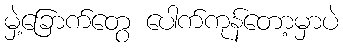
မှဲ့ခြောက်တွေ ပေါက်ကုန်တော့မှာပဲ